Civil Veterinary Department Bengal reports 1923-33 - 1923-1933
Year: 1923
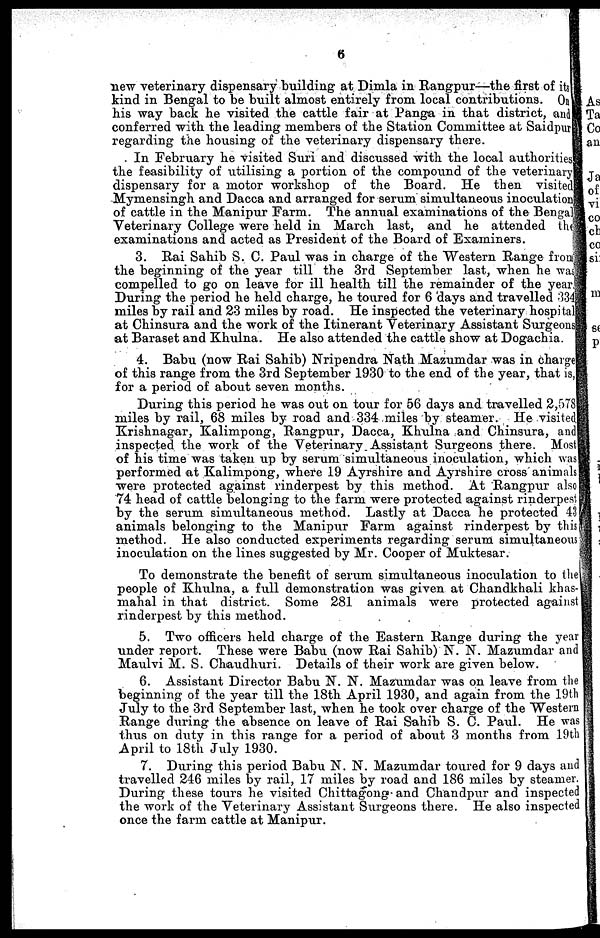
6
new veterinary dispensary building at Dimla in Rangpur—the first of its
kind in Bengal to be built almost entirely from local contributions. On
his way back he visited the cattle fair at Panga in that district, and
conferred with the leading members of the Station Committee at Saidpur
regarding the housing of the veterinary dispensary there.
In February he visited Suri and discussed with the local authorities
the feasibility of utilising a portion of the compound of the veterinary
dispensary for a motor workshop of the Board. He then visited
Mymensingh and Dacca and arranged for serum simultaneous inoculation
of cattle in the Manipur Farm. The annual examinations of the Bengal
Veterinary College were held in March last, and he attended the
examinations and acted as President of the Board of Examiners.
3. Rai Sahib S. C. Paul was in charge of the Western Range from
the beginning of the year till the 3rd September last, when he was
compelled to go on leave for ill health till the remainder of the year
During the period he held charge, he toured for 6 days and travelled 334
miles by rail and 23 miles by road. He inspected the veterinary hospital
at Chinsura and the work of the Itinerant Veterinary Assistant Surgeons
at Baraset and Khulna. He also attended the cattle show at Dogachia.
4. Babu (now Rai Sahib) Nripendra Nath Mazumdar was in charge
of this range from the 3rd September 1930 to the end of the year, that is,
for a period of about seven months.
During this period he was out on tour for 56 days and travelled 2,578
miles by rail, 68 miles by road and 334 miles by steamer. He visited
Krishnagar, Kalimpong, Rangpur, Dacca, Khulna and Chinsura, and
inspected the work of the Veterinary Assistant Surgeons there. Most
of his time was taken up by serum simultaneous inoculation, which was
performed at Kalimpong, where 19 Ayrshire and Ayrshire cross animals
were protected against rinderpest by this method. At Rangpur also
74 head of cattle belonging to the farm were protected against rinderpest
by the serum simultaneous method. Lastly at Dacca he protected 43
animals belonging to the Manipur Farm against rinderpest by this
method. He also conducted experiments regarding serum simultaneous
inoculation on the lines suggested by Mr. Cooper of Muktesar.
To demonstrate the benefit of serum simultaneous inoculation to the
people of Khulna, a full demonstration was given at Chandkhali khas-
mahal in that district. Some 281 animals were protected against
rinderpest by this method.
5. Two officers held charge of the Eastern Range during the year
under report. These were Babu (now Rai Sahib) N. N. Mazumdar and
Maulvi M. S. Chaudhuri. Details of their work are given below.
6. Assistant Director Babu N. N. Mazumdar was on leave from the
beginning of the year till the 18th April 1930, and again from the 19th
July to the 3rd September last, when he took over charge of the Western
Range during the absence on leave of Rai Sahib S. C. Paul. He was
thus on duty in this range for a period of about 3 months from 19th
April to 18th July 1930.
7. During this period Babu N. N. Mazumdar toured for 9 days and
travelled 246 miles by rail, 17 miles by road and 186 miles by steamer.
During these tours he visited Chittagong and Chandpur and inspected
the work of the Veterinary Assistant Surgeons there. He also inspected
once the farm cattle at Manipur.